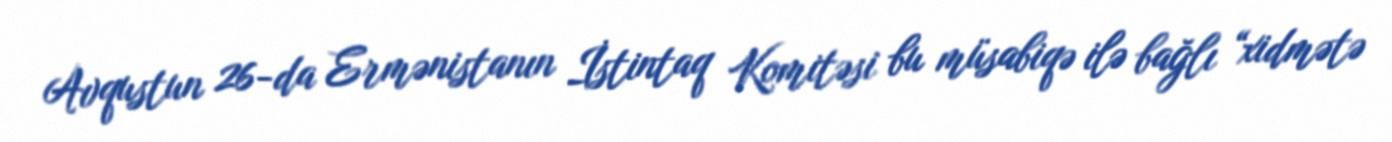
Avqustun 26-da Ermənistanın İstintaq Komitəsi bu müsabiqə ilə bağlı “xidmətə